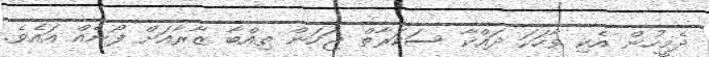
ދެމީހުން އެކި ވާހަކަ ދައްކާ ސަކަރާތް ޖަހަން ތިއްބާ ޒާރާއަށް ފޯނެއް އައެވެ.